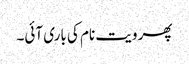
پھر ویت نام کی باری آئی۔